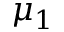
\mu _ { 1 }